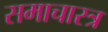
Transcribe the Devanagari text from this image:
समाचारत्र